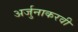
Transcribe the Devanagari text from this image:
अर्जुनाकरवी